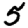
Digit: 5